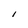
Character: I